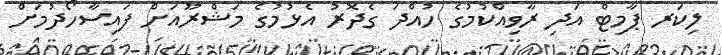
ލިކަރ ޕާމިޓް އަދި ރާވިއްކުމުގެ ހުއްދަ ގެދޮރު އެޅުމުގެ މަޝްރޫއަށް ފައިސާހޯދުމަށް